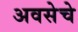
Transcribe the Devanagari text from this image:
अवसेचे